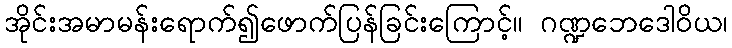
အိုင်းအမာမန်းရောက်၍ဖောက်ပြန်ခြင်းကြောင့်။ ဂဏ္ဍဘေဒေါဝိယ၊